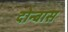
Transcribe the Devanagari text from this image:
दोन्बास